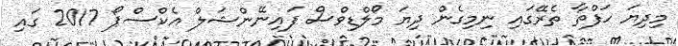
މިދިޔަ ހަފްތާ ތެރޭގައި ނިމިގެން ދިޔަ މޯލްޑިވްސް ފައިނޭންޝަލް އެކްސްޕޯ 2017 ގައި